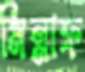
মিন্নাফ